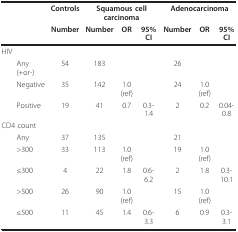
<table><thead><tr><td></td><td><b>Controls</b></td><td colspan="3"><b>Squamous cell carcinoma</b></td><td colspan="3"><b>Adenocarcinoma</b></td></tr><tr><td></td><td><b>Number</b></td><td><b>Number</b></td><td><b>OR</b></td><td><b>95% CI</b></td><td><b>Number</b></td><td><b>OR</b></td><td><b>95% CI</b></td></tr></thead><tbody><tr><td>HIV</td><td></td><td></td><td></td><td></td><td></td><td></td><td></td></tr><tr><td> Any (+or-)</td><td>54</td><td>183</td><td></td><td></td><td>26</td><td></td><td></td></tr><tr><td> Negative</td><td>35</td><td>142</td><td>1.0 (ref)</td><td></td><td>24</td><td>1.0 (ref)</td><td></td></tr><tr><td> Positive</td><td>19</td><td>41</td><td>0.7</td><td>0.3-1.4</td><td>2</td><td>0.2</td><td>0.04-0.8</td></tr><tr><td>CD4 count</td><td></td><td></td><td></td><td></td><td></td><td></td><td></td></tr><tr><td> Any</td><td>37</td><td>135</td><td></td><td></td><td>21</td><td></td><td></td></tr><tr><td> &gt;300</td><td>33</td><td>113</td><td>1.0 (ref)</td><td></td><td>19</td><td>1.0 (ref)</td><td></td></tr><tr><td> ≤300</td><td>4</td><td>22</td><td>1.8</td><td>0.6-6.2</td><td>2</td><td>1.8</td><td>0.3-10.1</td></tr><tr><td> &gt;500</td><td>26</td><td>90</td><td>1.0 (ref)</td><td></td><td>15</td><td>1.0 (ref)</td><td></td></tr><tr><td> ≤500</td><td>11</td><td>45</td><td>1.4</td><td>0.6-3.3</td><td>6</td><td>0.9</td><td>0.3-3.1</td></tr></tbody></table>